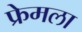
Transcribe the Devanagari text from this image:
फ्रेमला